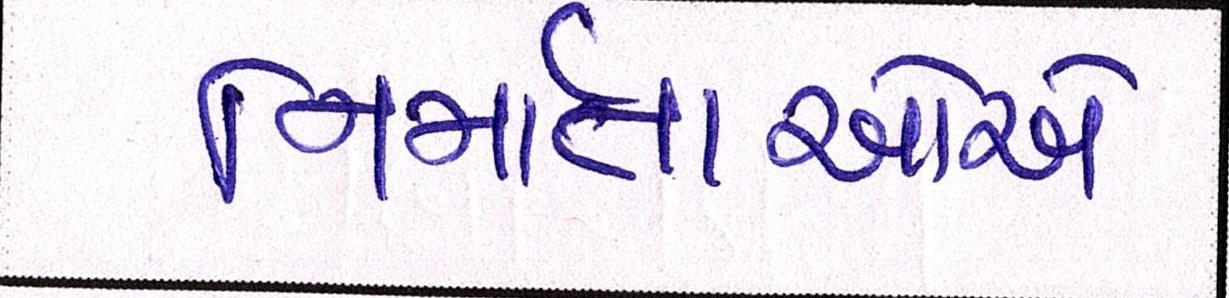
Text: નિર્માતાઓએ